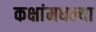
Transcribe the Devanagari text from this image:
कक्षांमधल्या